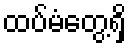
ထပ်မံတွေ့ရှိ